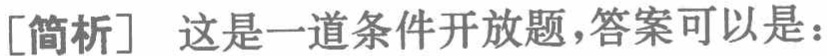
[简析] 这是一道条件开放题，答案可以是：